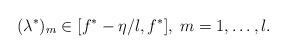
LaTeX: \begin{align*} &(\lambda^*)_m\in[f^*-\eta/l,f^*],\; m=1,\dots,l. \end{align*}